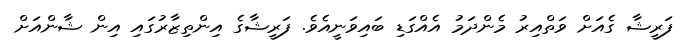
ފަރީޝާ ގެއަށް ވަތްއިރު މެންދަމު އެއްގަޑި ބައިވަނީއެވެ. ފަރީޝާގެ އިންތިޒާރުގައި އިން ޝާންއަށް